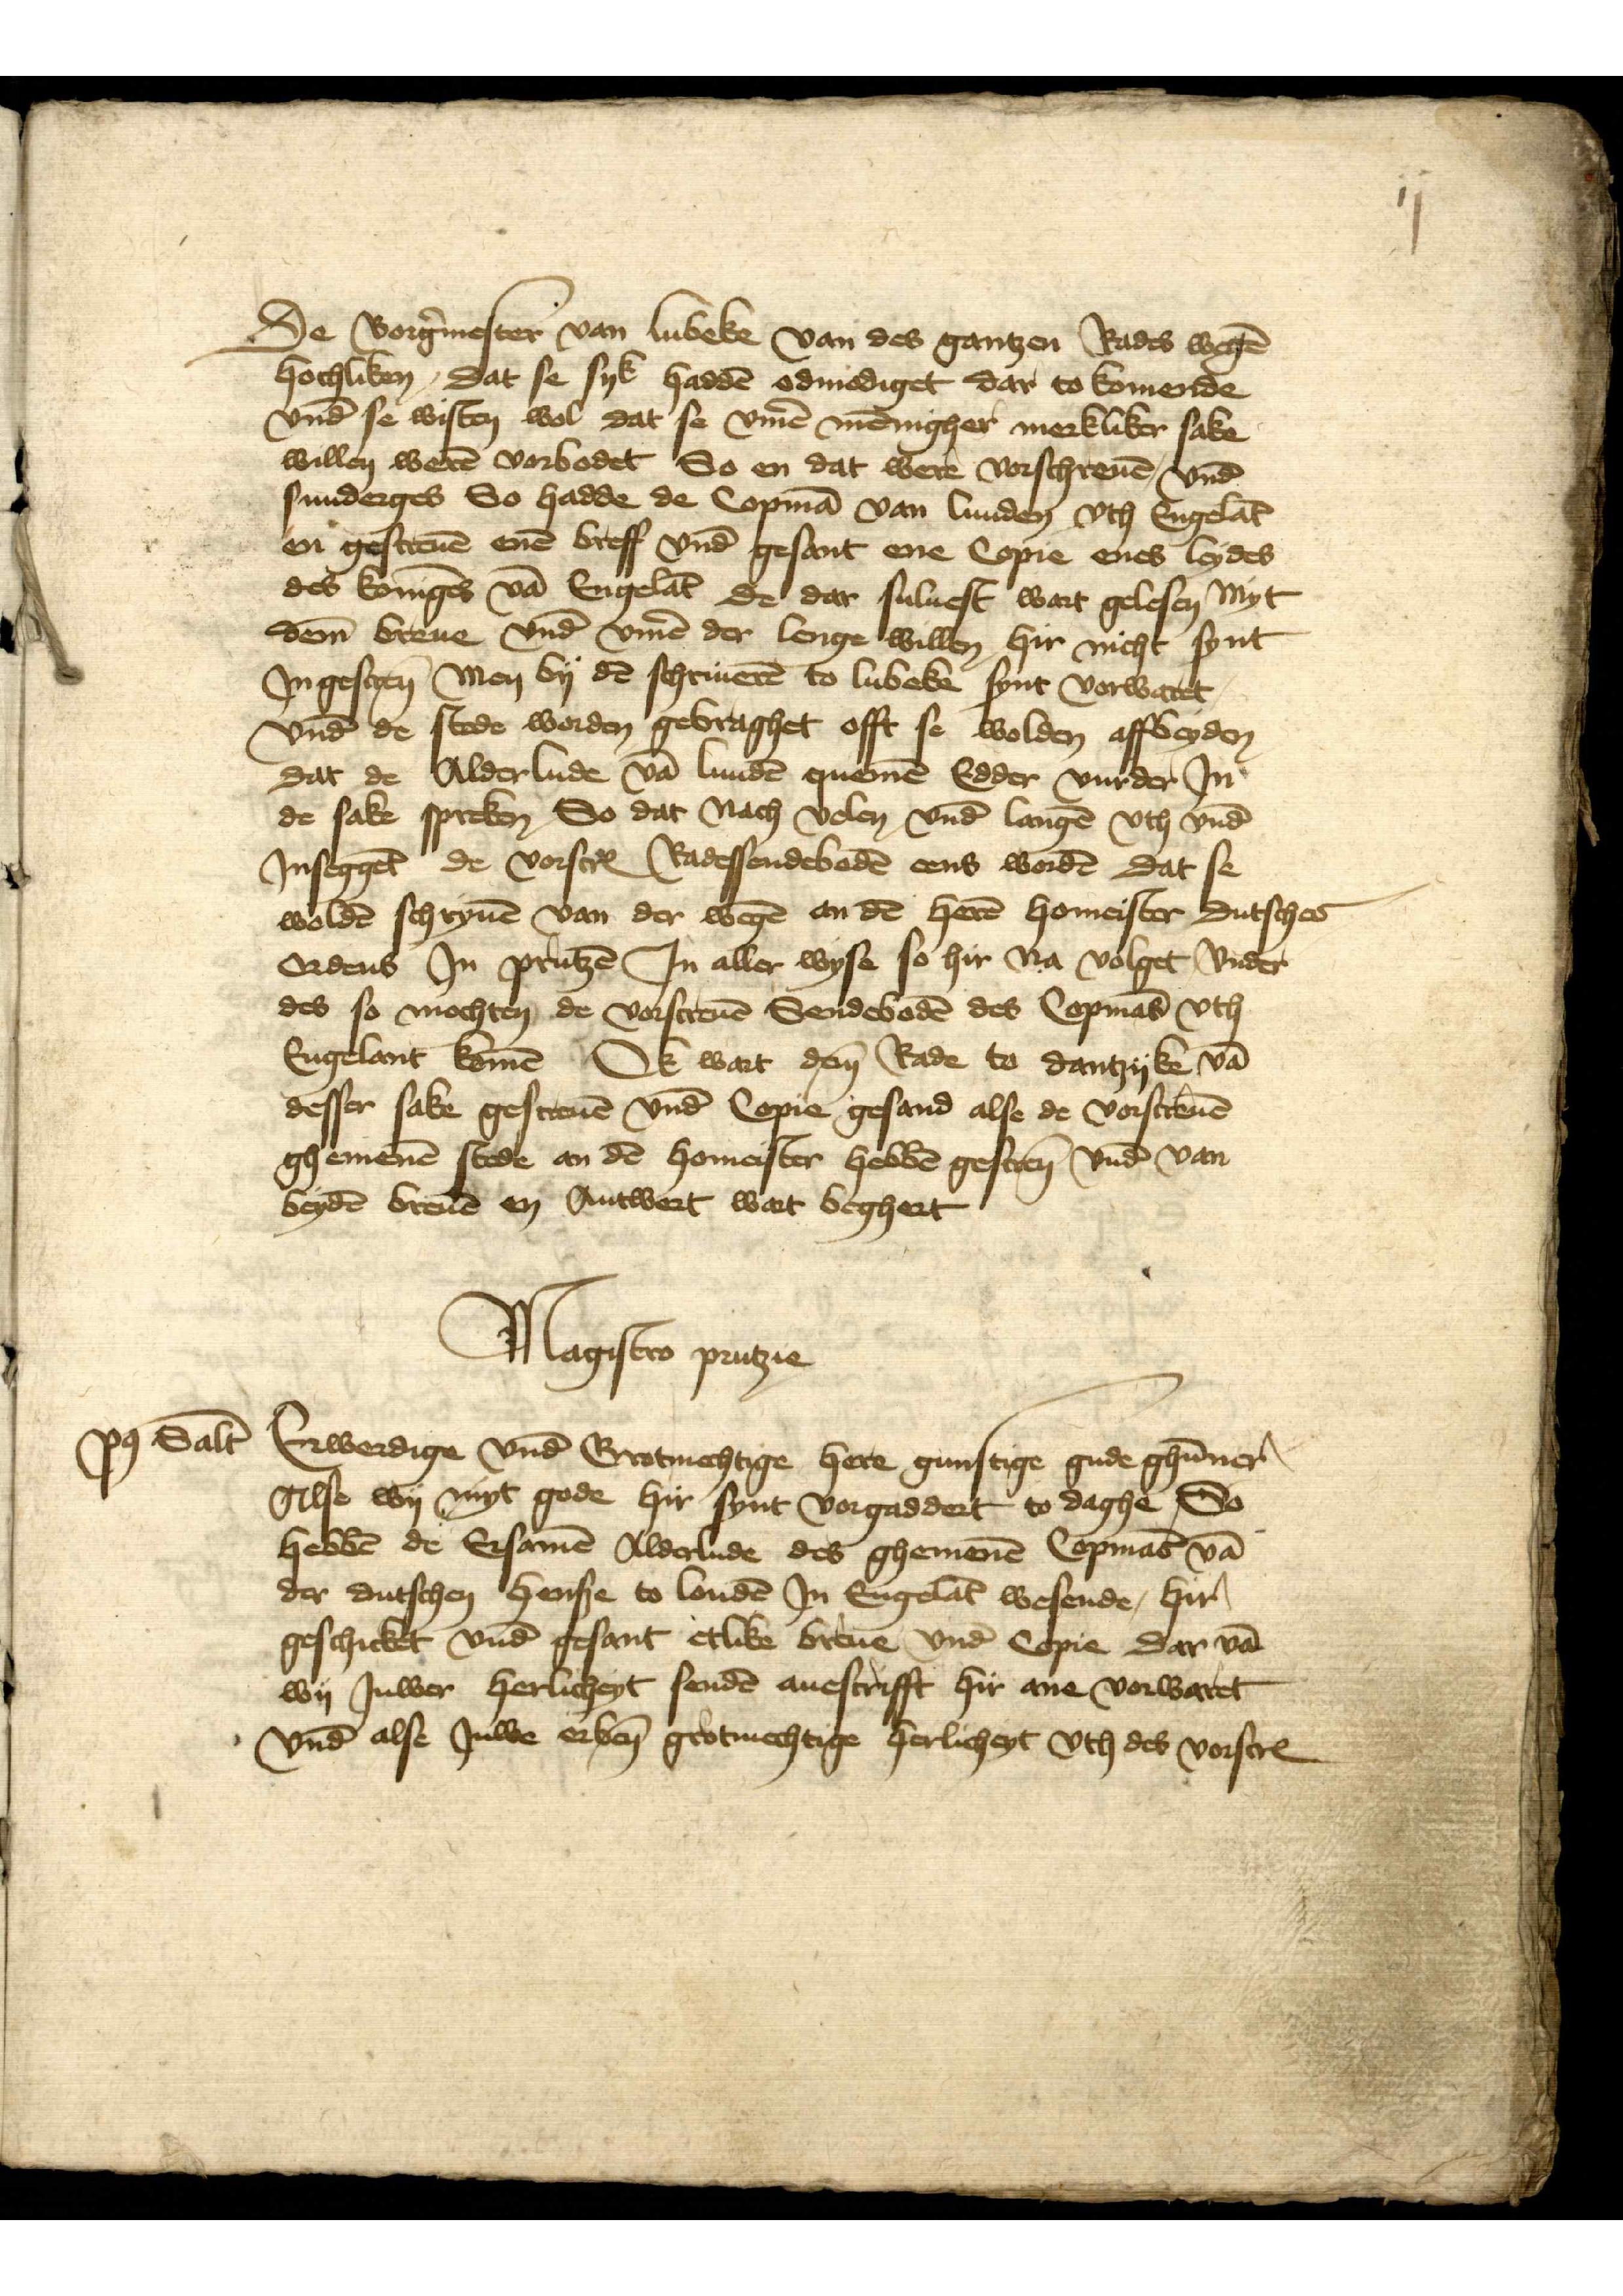
ij

De Borg̉mester van Lubeke van des gantzen Rades wegē
hochliken, Dat se syk haddē odmodiget dar to komende
vnd̄ se wisten wol dat se v̄me mēnigher merkliker sake
willen werē vorbodet So en dat were vorschreuē, vnd̄
sunderges So hadde de Copmā van Lunden vth Engelāt
en gescreuē enē breff vnd̄ gesant ene Copie enes leydes
des konīges vā Engelāt de dar suluest wart gelesen myt
dem̄ breue vnd̄ v̄me der lenge willen hir nicht synt
Jngescrēn men by dē schrieuerē to Lubeke synt vorwaret
vnd de stede worden gebraghet offt se wolden affbeyden
dat de Alderlude vā Lundē quemē Edder vurder Jn
de sake spreken, So dat nach velen vnd̄ langē vth vnd̄
Jnseggēt de vorscrꝬ Radessendebodē eens wordē Dat se
woldē schryuē van der wegē an dē herē homeister Dutsches
Ordens Jn Prutzē Jn aller wyse so hir na volget vnder
des so mochten de vorscreuē Sendebodē des Copmās vth
Engelant komē Ok wart dem Rade to Dantzyke vā
desser sake gescreuē vnd Copie gesand alse de vorscreuē
ghemenē stede an dē homeister hebbē gescrēn vnd̄ van
beydē breuē en Antwort wart beghert

Magistero Prutzie
Po̧ Salt Erwerdige vnd̄ Grotmechtige here gunstige gude ghūner
Alse wy myt gode hir synt vorgaddert to daghe, So
hebbē de Ersamē Alderlude des ghemenē Copmās vā
der dutschen hensze to Londē Jn Engelāt wesende, hir
geschicket vnd̄ gesant etlike breue vnd̄ Copie dar vā
wy Juwer herlicheyt sendē auescrifft hir ane vorwaret
vnd̄ alse Juwe erbẻn grotmechtige herlicheyt vth des vorscrꝬ